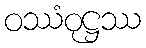
ဝဿံဝုဋ္ဌဿ